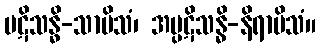
ပဋိသန္ဓိ-သာမိသံ၊ အပ္ပဋိသန္ဓိ-နိရာမိသံ။